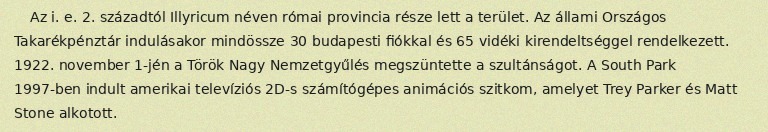
Az i. e. 2. századtól Illyricum néven római provincia része lett a terület. Az állami Országos Takarékpénztár indulásakor mindössze 30 budapesti fiókkal és 65 vidéki kirendeltséggel rendelkezett. 1922. november 1-jén a Török Nagy Nemzetgyűlés megszüntette a szultánságot. A South Park 1997-ben indult amerikai televíziós 2D-s számítógépes animációs szitkom, amelyet Trey Parker és Matt Stone alkotott.